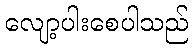
လျော့ပါးစေပါသည်